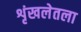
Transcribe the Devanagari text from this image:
शृंखलेतला